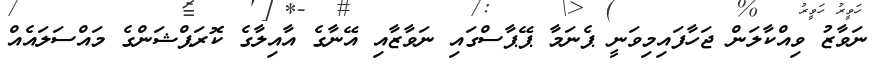
ނަވާޒު ވިއްކާލަން ޖަހާފައިމިވަނީ ޕެނަމާ ޕޭޕާސްގައި ނަވާޒާއި އޭނާގެ އާއިލާގެ ކޮރަޕްޝަންގެ މައްސަލައެއް